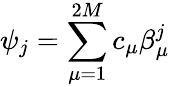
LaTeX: \psi_{j}=\sum_{\mu=1}^{2M}c_{\mu}\beta_{\mu}^{j}